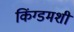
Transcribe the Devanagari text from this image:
किंग्डमशी